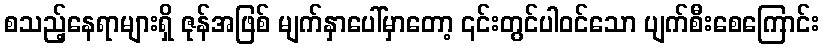
စသည့်နေရာများရှိ ဇုန်အဖြစ် မျက်နှာပေါ်မှာတော့ ၎င်းတွင်ပါဝင်သော ပျက်စီးစေကြောင်း